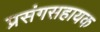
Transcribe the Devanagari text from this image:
प्रसंगसहायक